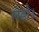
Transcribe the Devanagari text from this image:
लेडो।